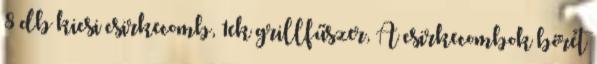
8 db kicsi csirkecomb, 1ek grillfűszer, A csirkecombok bőrét